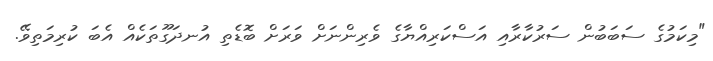
"މިކަމުގެ ސަބަބުން ސަރުކާރާއި އަސްކަރިއްޔާގެ ވެރިންނަށް ވަރަށް ބޮޑެތި އުނދަގޫތަކެއް އެބަ ކުރިމަތިވޭ.